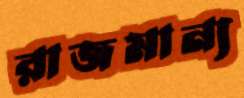
রাজমান্য